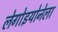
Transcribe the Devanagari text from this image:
लेगोइयोनेला